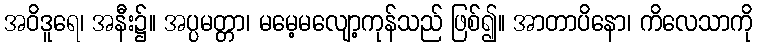
အဝိဒူရေ၊ အနီး၌။ အပ္ပမတ္တာ၊ မမေ့မလျော့ကုန်သည် ဖြစ်၍။ အာတာပိနော၊ ကိလေသာကို